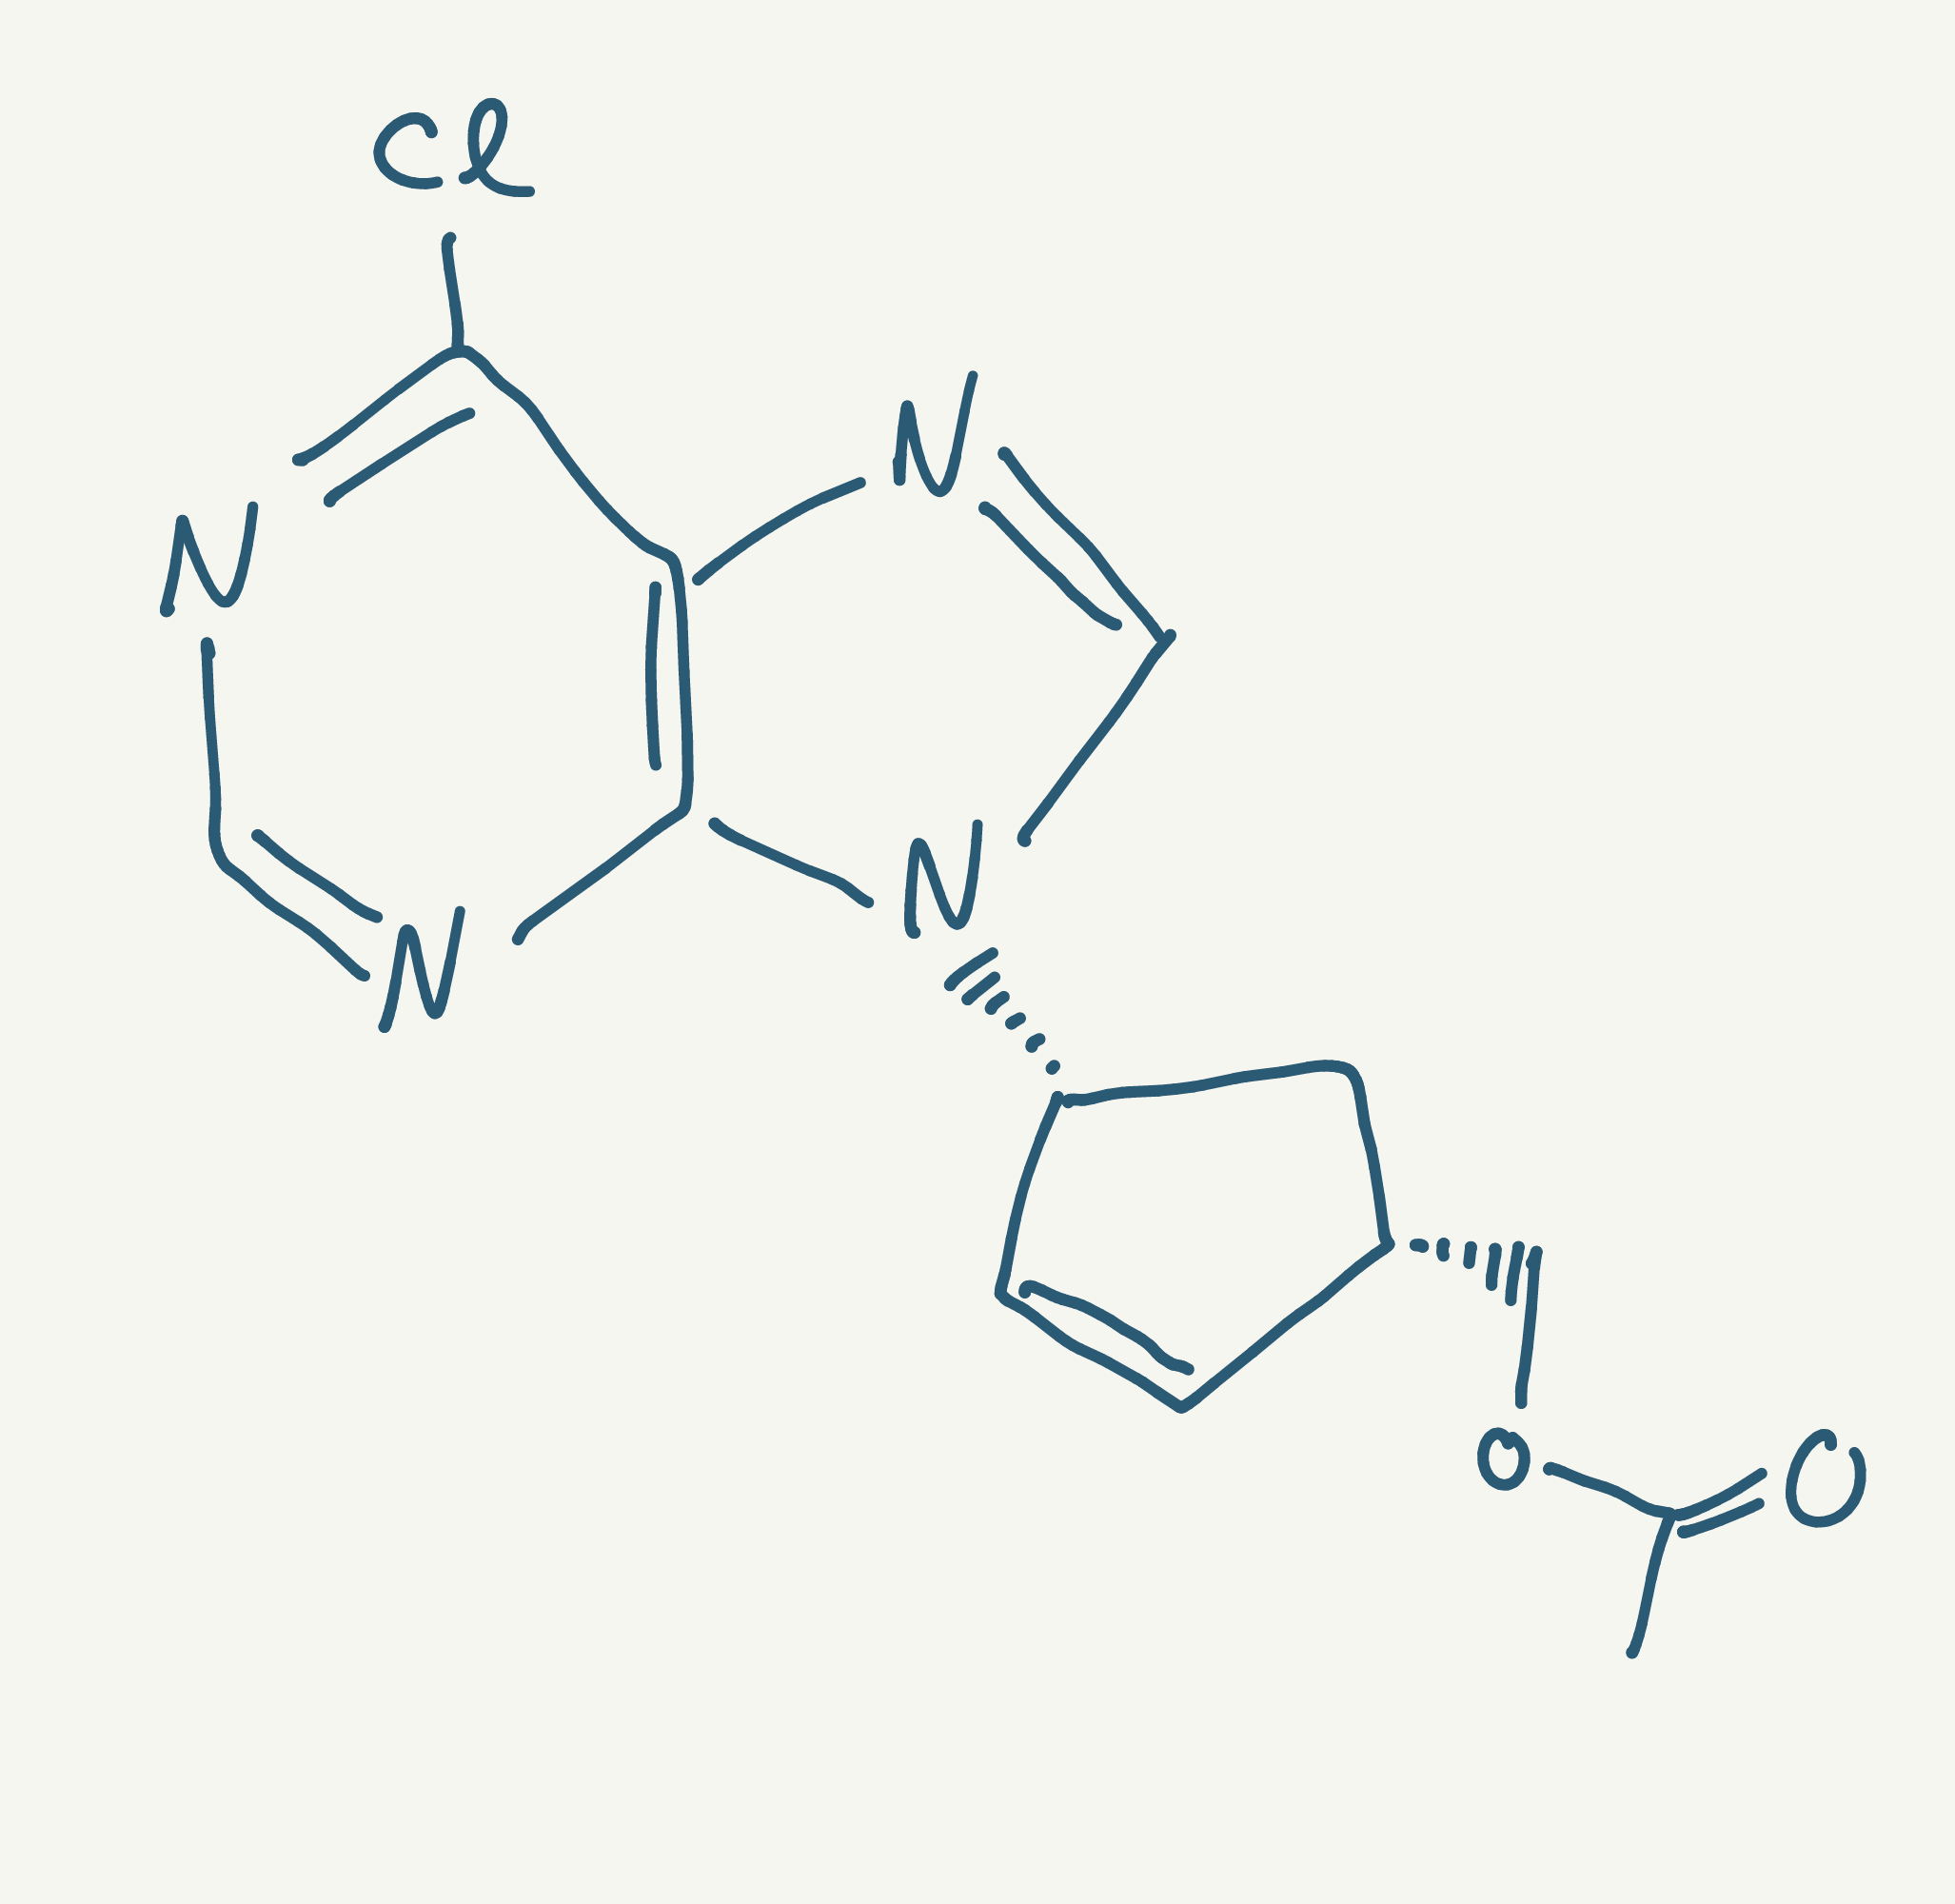
Simplified molecular-input line-entry system (SMILES) notation of the given molecule:
CC(=O)OC[C@H]1C[C@H](C=C1)N2C=NC3=C2N=CN=C3Cl